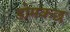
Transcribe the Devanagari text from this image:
डोमकछ